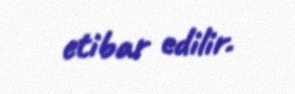
etibar edilir.